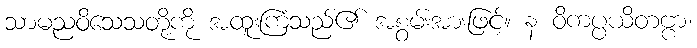
သာမညဝိသေသတို့ကို အထူးကြံသည်၏ အစွမ်းအားဖြင့်။ န ဝိကပ္ပယိတဗ္ဗာ၊